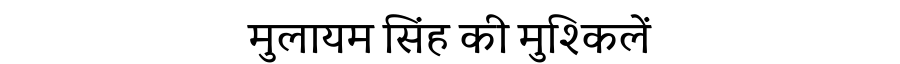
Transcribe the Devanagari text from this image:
मुलायम सिंह की मुश्किलें